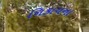
નિકાયના